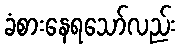
ခံစားနေရသော်လည်း